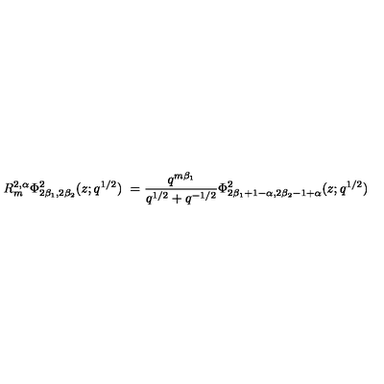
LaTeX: R _ { m } ^ { 2 , \alpha } \Phi _ { 2 \beta _ { 1 } , 2 \beta _ { 2 } } ^ { 2 } ( z ; q ^ { 1 / 2 } ) \ = \frac { q ^ { m \beta _ { 1 } } } { q ^ { 1 / 2 } + q ^ { - 1 / 2 } } \Phi _ { 2 \beta _ { 1 } + 1 - \alpha , 2 \beta _ { 2 } - 1 + \alpha } ^ { 2 } ( z ; q ^ { 1 / 2 } ) \